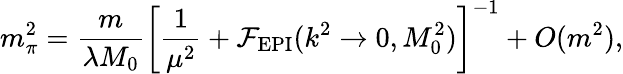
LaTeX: m_{\pi}^{2}=\frac{m}{\lambda M_{0}}\left[\frac{1}{\mu^{2}}+{\cal F}_{\mathrm{EPI}}(k^{2}\rightarrow 0,M_{0}^{2})\right]^{-1}+O(m^{2}),